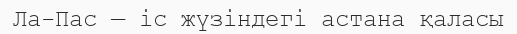
Ла-Пас — іс жүзіндегі астана қаласы